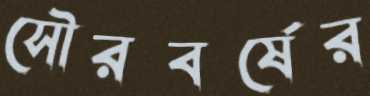
সৌরবর্ষের